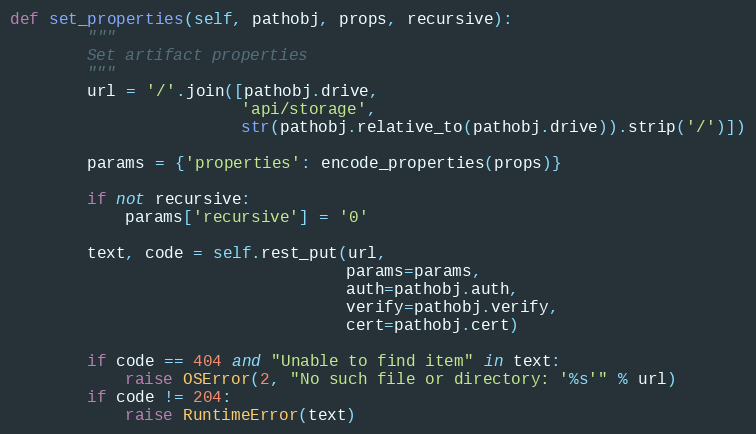
Language: Python
def set_properties(self, pathobj, props, recursive):
        """
        Set artifact properties
        """
        url = '/'.join([pathobj.drive,
                        'api/storage',
                        str(pathobj.relative_to(pathobj.drive)).strip('/')])

        params = {'properties': encode_properties(props)}

        if not recursive:
            params['recursive'] = '0'

        text, code = self.rest_put(url,
                                   params=params,
                                   auth=pathobj.auth,
                                   verify=pathobj.verify,
                                   cert=pathobj.cert)

        if code == 404 and "Unable to find item" in text:
            raise OSError(2, "No such file or directory: '%s'" % url)
        if code != 204:
            raise RuntimeError(text)